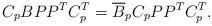
LaTeX: \begin{align*} C_pBPP^TC_p^T=\overline B_pC_pPP^TC_p^T.\end{align*}